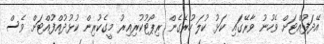
އޭދަފުއްޓަށް ވެހުނު ވާރޭގައި ކަޅު ކުލަ ހުރެގެން ރިޕޯޓުކުރިއިރު މީގެކުރިން ކުޅުދުއްފުއްޓަށް ވެސް